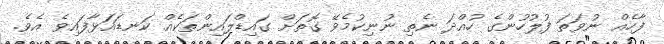
ފާހެއް ނުވަތަ ފުލުހުންގެ ހުއްދަ ނެތި ނުނިކުމެވޭ ގޮތަށް ގައިޑްލައިންތަކެއް ކަނޑައަޅާފައިވެ އެވެ.